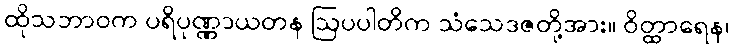
ထိုသဘာဝက ပရိပုဏ္ဏာယတန ဩပပါတိက သံသေဒဇတို့အား။ ဝိတ္ထာရေန၊